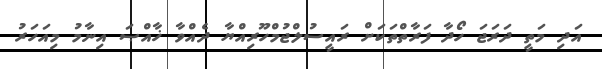
އަދި މަތީ ދަރަޖަ ހޯދާ ފަރާތްތަކަށް ރައީސުލްޖުމްހޫރިއްޔާ ދެއްވާ ޚާއްޞަ އިނާމު މިއަހަރު